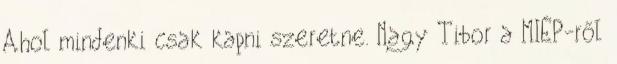
Ahol mindenki csak kapni szeretne. Nagy Tibor a MIÉP-ről